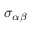
\sigma _ { \alpha \beta }